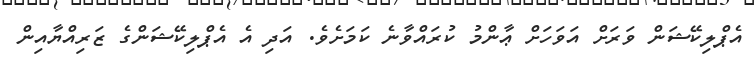
އެޕްލިކޭޝަން ވަރަށް އަވަހަށް ޢާންމު ކުރައްވާނެ ކަމަށެވެ. އަދި އެ އެޕްލިކޭޝަންގެ ޒަރިއްޔާއިން